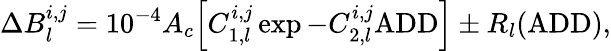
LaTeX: \Delta B_{l}^{i,j}=10^{-4}A_{c}\Bigl[C_{1,l}^{i,j}\exp{-C_{2,l}^{i,j}\mathrm{ADD}}\Bigr]\pm R_{l}(\mathrm{ADD}),